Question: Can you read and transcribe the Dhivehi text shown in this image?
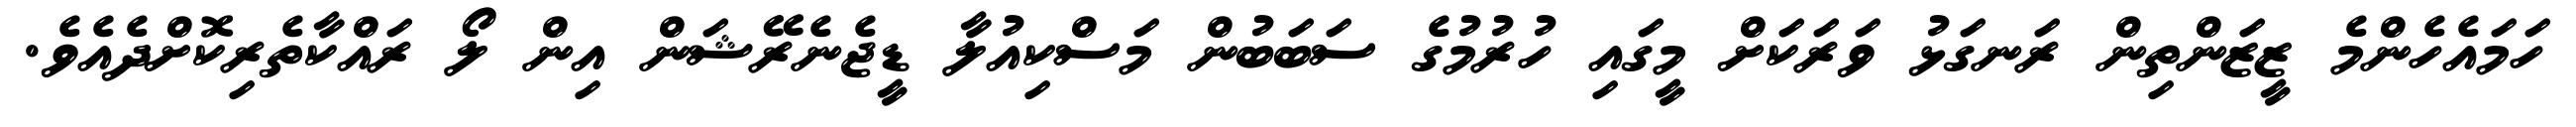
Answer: ހަމައެހެންމެ ޒީޒަންތިން ރަނގަޅު ވަރަކަށް މީގައި ހުރުމުގެ ސަބަބުން މަސްކިއުލާ ޑީޖެނެރޭޝަން އިން ލޯ ރައްކާތެރިކޮށްދެއެވެ.